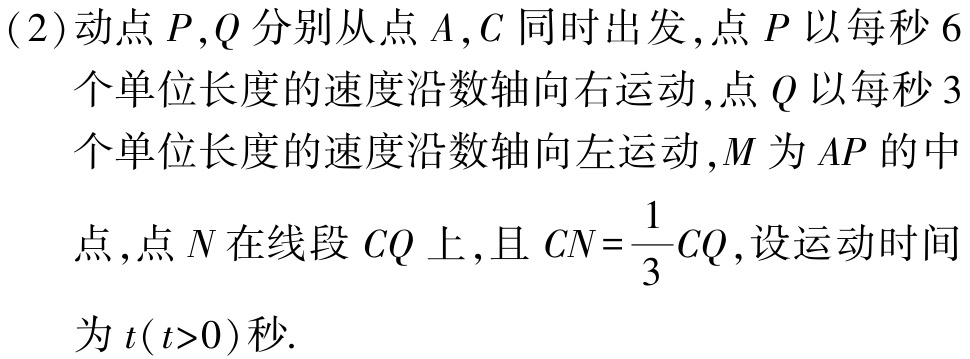
(2)动点 \(P,Q\) 分别从点 \(A,C\) 同时出发,点 \(P\) 以每秒 \(6\) 个单位长度的速度沿数轴向右运动,点 \(Q\) 以每秒 \(3\) 个单位长度的速度沿数轴向左运动,\(M\) 为 \(AP\) 的中点,点 \(N\) 在线段 \(CQ\) 上,且 \(CN = \frac{1}{3}CQ\),设运动时间为 \(t(t > 0)\) 秒.